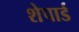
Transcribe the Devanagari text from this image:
शेपार्ड